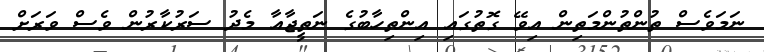
ނަމަވެސް ތުންތުންމަތިން އިވޭ ގޮތުގައި އިންތިހާބުގެ ނަތީޖާއާ މެދު ސަރުކާރުން ވެސް ވަރަށް